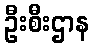
ဦးစီးဌာန